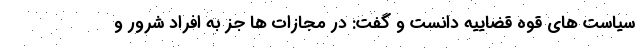
سیاست های قوه قضاییه دانست و گفت: در مجازات ها جز به افراد شرور و